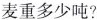
麦重多少吨?